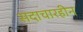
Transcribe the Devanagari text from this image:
सदाचारहीन